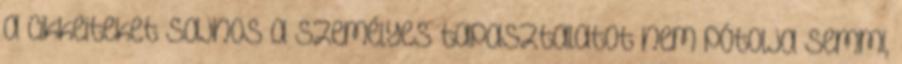
a cikkeiteket Sajnos a személyes tapasztalatot nem pótolja semmi,